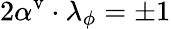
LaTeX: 2\alpha^{\textrm{v}}\cdot\lambda_{\phi}=\pm 1